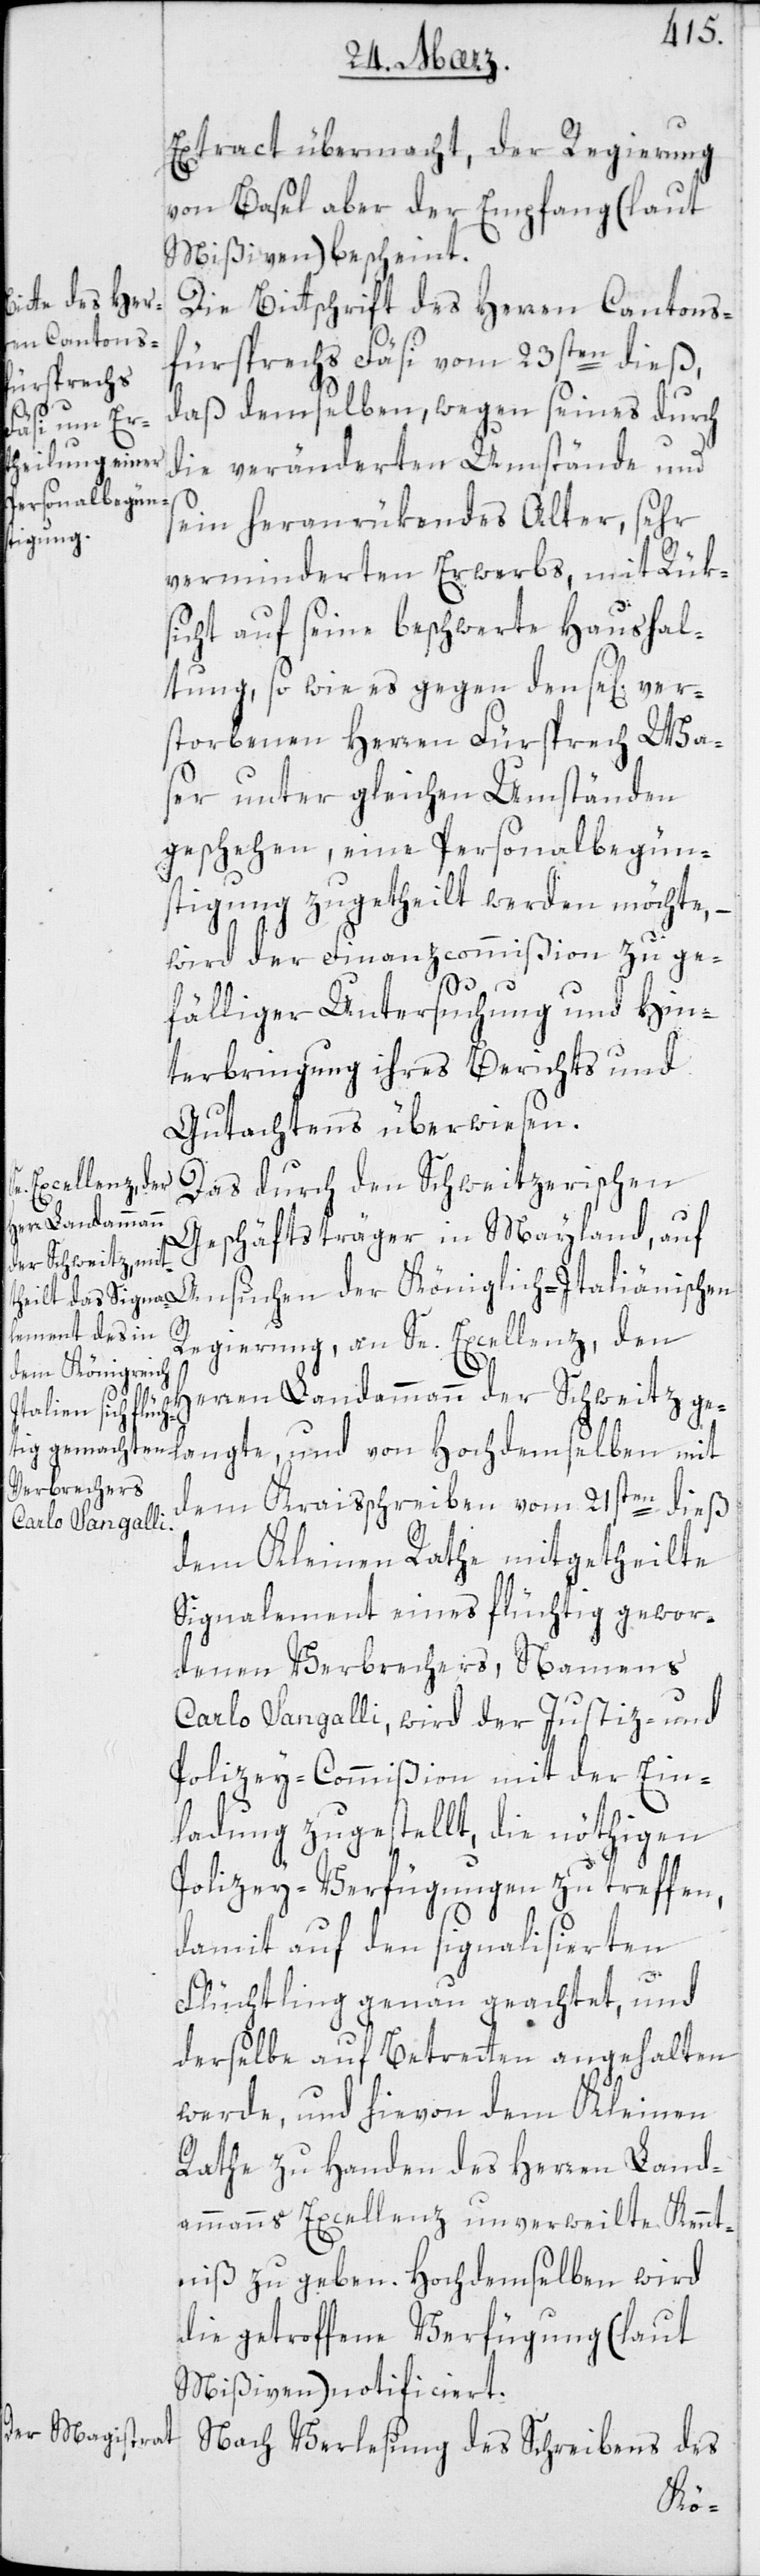
Extract übermacht, der Regierung
von Basel aber der Empfang (laut
Mißiven) bescheint.
Die Bittschrift des Herren Cantons¬
fürsprechs Fäsi vom 23sten dieß,
daß demselben, wegen seines durch
die veränderten Umstände und
sein heranrükendes Alter, sehr
verminderten Erwerbs, mit Rük¬
sicht auf seine beschwerte Haushal¬
tung, so wie es gegen den sel. ver¬
storbenen Herren Fürsprech Wa¬
ser unter gleichen Umständen
geschehen, eine Personalbegün¬
stigung zugetheilt werden möchte, –
wird der Finanz-Commißion zu ge¬
fälliger Untersuchung und Hin¬
terbringung ihres Berichts und
Gutachtens überwiesen.
Das durch den Schweitzerischen
Geschäftsträger in Mayland, auf
Regierung, an Se. Excellenz den
Herren Landammann der Schweitz ge¬
dem Kreißchreiben vom 21sten dieß
dem Kleinen Rate mitgetheilte
Signalement eines flüchtig gewor¬
denen Verbrechers, namens
Carlo Sangalli, wird der Justiz- und
Polizey-Commißion mit der Ein¬
ladung zugestellt, die nöthigen
Polizey-Verfügungen zu treffen,
damit auf den signalisierten
Flüchtling genau geachtet, und
derselbe auf Betreten angehalten
werde, und hievon dem Kleinen
Rathe zu Handen des Herren Land¬
ammanns Excellenz unverweilte Kennt¬
niß zu geben. Hochdemselben wird
die getroffene Verfügung (laut
Mißiven) notificiert.
Nach Verlesung des Schreibens des
ngte,